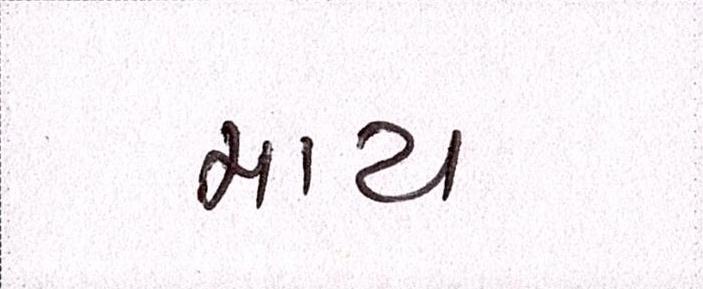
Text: માય